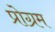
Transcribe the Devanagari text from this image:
प्रोग्रम